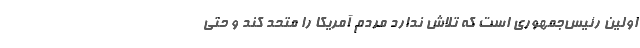
اولین رئیس‌جمهوری است که تلاش ندارد مردم آمریکا را متحد کند و حتی